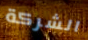
الشركة